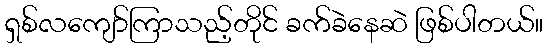
ရှစ်လကျော်ကြာသည့်တိုင် ခက်ခဲနေဆဲ ဖြစ်ပါတယ်။